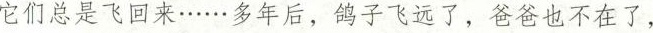
它们总是飞回来……多年后，鸽子飞远了，爸爸也不在了，